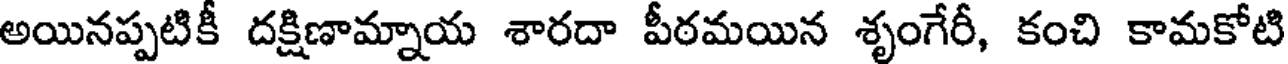
అయినప్పటికీ దక్షిణామ్నాయ శారదా పీఠమయిన శృంగేరీ, కంచి కామకోటి